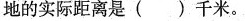
地的实际距离是()千米。